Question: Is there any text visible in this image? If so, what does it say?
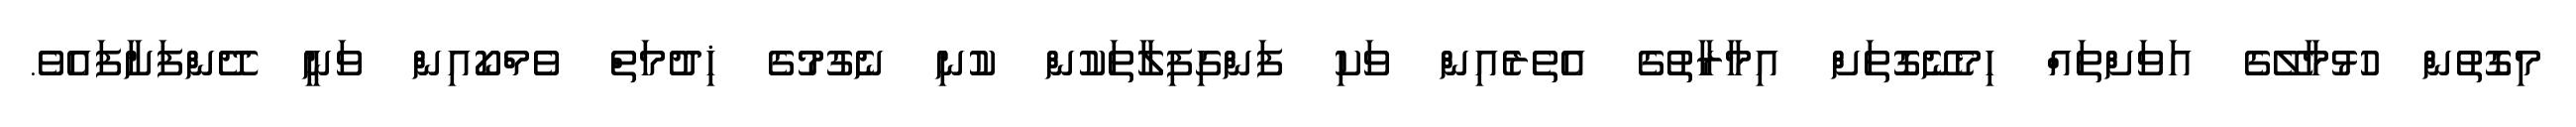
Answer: މިގޮތުން ހުޅުމާލޭގެ އަވަށްތައް ހިމެނޭގޮތަށް އިމާރާތުގެ އެތެރެއިން ވަކި ފަންގިފިލާތަކުން ކުނި ނެގުމުގެ ޚިދުމަތް ވެމްކޯއިން ވަނީ ދޭންފަށާފައެވެ.